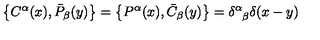
\left\{ C ^ { \alpha } ( x ) , \bar { P } _ { \beta } ( y ) \right\} = \left\{ P ^ { \alpha } ( x ) , \bar { C } _ { \beta } ( y ) \right\} = \delta _ { \hphantom { \alpha } \beta } ^ { \alpha } \delta ( x - y )